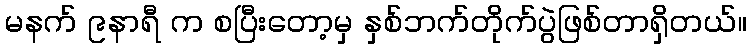
မနက် ၉နာရီ က စပြီးတော့မှ နှစ်ဘက်တိုက်ပွဲဖြစ်တာရှိတယ်။